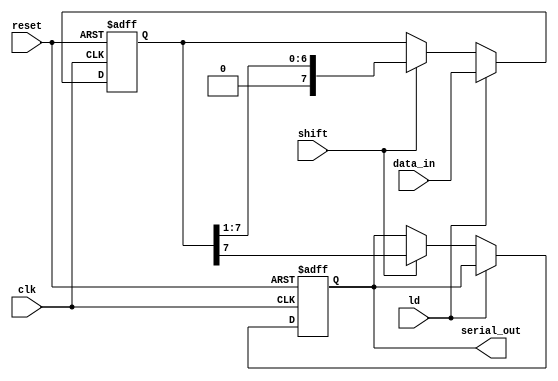
module PISO_Register (
    input wire clk,          // Clock signal
    input wire ld,          // Load control signal
    input wire shift,       // Shift control signal
    input wire reset,       // Asynchronous reset signal
    input wire [n-1:0] data_in, // Parallel data input
    output reg serial_out    // Serial output
);
    parameter n = 8; // Number of bits in the register (adjust as needed)
    
    reg [n-1:0] shift_reg; // Shift register to hold the data

    // Asynchronous reset and loading data
    always @(posedge clk or posedge reset) begin
        if (reset) begin
            shift_reg <= {n{1'b0}}; // Clear the register
            serial_out <= 1'b0;     // Clear the serial output
        end else if (ld) begin
            shift_reg <= data_in;   // Load data into the shift register
        end else if (shift) begin
            serial_out <= shift_reg[n-1]; // Output the MSB
            shift_reg <= {1'b0, shift_reg[n-1:1]}; // Shift right
        end
    end

endmodule